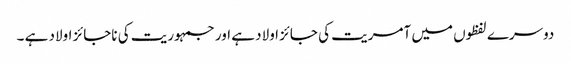
دوسرے لفظوں میں آمریت کی جائز اولاد ہے اور جمہوریت کی ناجائز اولاد ہے ۔